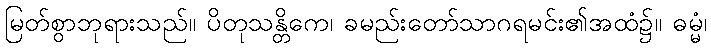
မြတ်စွာဘုရားသည်။ ပိတုသန္တိကေ၊ ခမည်းတော်သာဂရမင်း၏အထံ၌။ ဓမ္မံ၊